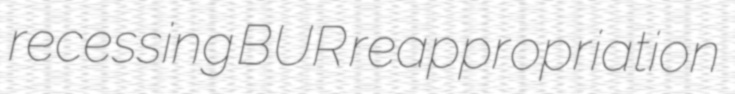
recessing BUR reappropriation